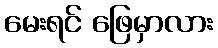
မေးရင် ဖြေမှာလား